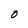
Character: O